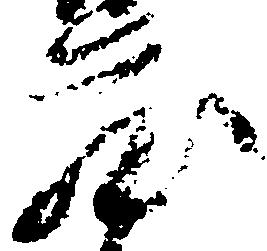
蔵